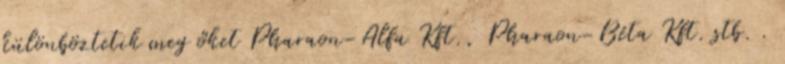
különböztetik meg őket Pharaon-Alfa Kft., Pharaon-Béta Kft. stb. .